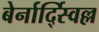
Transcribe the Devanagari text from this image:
बेर्नार्द्स्विल्ल